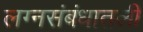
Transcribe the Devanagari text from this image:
लग्नसंबंधातली